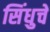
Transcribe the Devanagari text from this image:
सिंधुचे